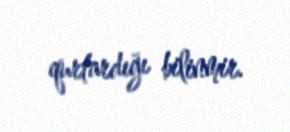
qurtardığı bilinmir.